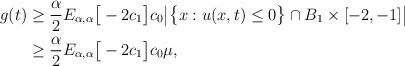
LaTeX: \begin{align*}\begin{aligned}g(t) & \geq \frac{\alpha}{2}E_{\alpha,\alpha}\big[-2c_{1} \big]c_{0} \big|\big\{x:u(x,t)\leq 0 \big\} \cap B_{1} \times [-2,-1] \big|\\& \geq \frac{\alpha}{2}E_{\alpha,\alpha}\big[-2c_{1} \big]c_{0} \mu,\end{aligned}\end{align*}